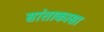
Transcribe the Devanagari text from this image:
सांताकासा